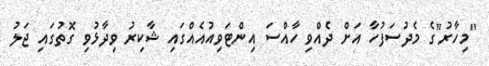
"މިހާރު"ގެ މެދުސަފުހާ އަށް ދެއްވި ހާއްސަ އިންޓަވިއުއެއްގައި ޝާކިރު ވިދާޅުވި ގޮތުގައި ޖަލު